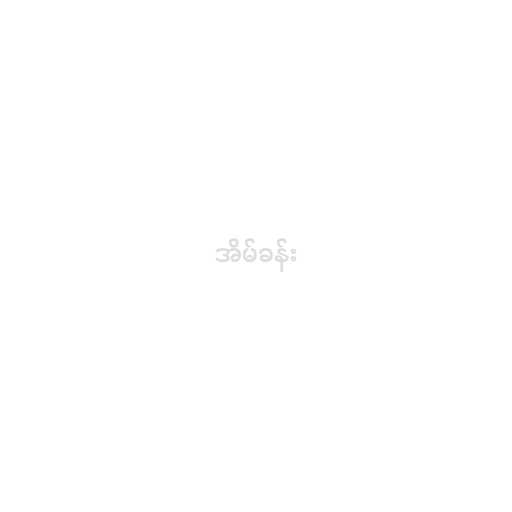
အိမ်ခန်း